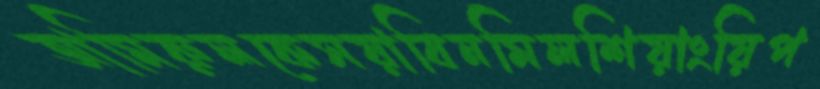
আমিরুলকেসয়াবিনমিলশিয়াংয়িপ